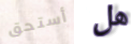
أستحق هل